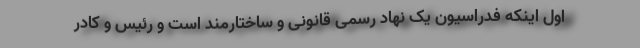
اول اینکه فدراسیون یک نهاد رسمی قانونی و ساختارمند است و رئیس و کادر